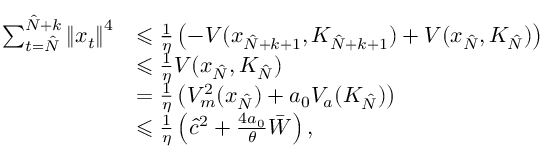
\begin{array} { r l } { \sum _ { t = \hat { N } } ^ { \hat { N } + k } \left\| x _ { t } \right\| ^ { 4 } } & { \leqslant \frac { 1 } { \eta } \left( - V ( x _ { \hat { N } + k + 1 } , K _ { \hat { N } + k + 1 } ) + V ( x _ { \hat { N } } , K _ { \hat { N } } ) \right) } \\ & { \leqslant \frac { 1 } { \eta } V ( x _ { \hat { N } } , K _ { \hat { N } } ) } \\ & { = \frac { 1 } { \eta } \left( V _ { m } ^ { 2 } ( x _ { \hat { N } } ) + a _ { 0 } V _ { a } ( K _ { \hat { N } } ) \right) } \\ & { \leqslant \frac { 1 } { \eta } \left( \hat { c } ^ { 2 } + \frac { 4 a _ { 0 } } { \theta } \bar { W } \right) , } \end{array}